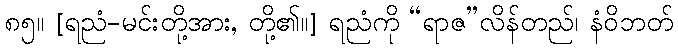
၈၅။ [ရညံ-မင်းတို့အား, တို့၏။] ရညံကို “ရာဇ”လိန်တည်၊ နံဝိဘတ်